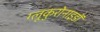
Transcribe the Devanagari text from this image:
ग्लूकुरोनाइडों